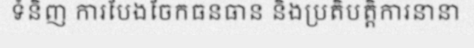
ទំនិញ ការបែងចែកធនធាន និងប្រតិបត្តិការនានា